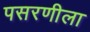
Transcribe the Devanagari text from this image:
पसरणीला